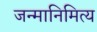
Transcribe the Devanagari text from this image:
जन्मानिमित्य